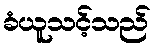
ခံယူသင့်သည်